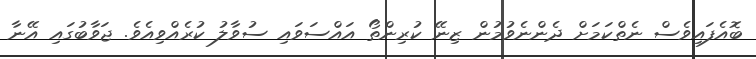
ބޮއެފައިވެސް ނެތްކަމަށް ދެންނެވުމުން ޒިނޭ ކުރިންތޯ އައްސަވައި ސުވާލު ކުރެއްވިއެވެ. ޖަވާބުގައި އޭނާ